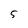
Character: 5